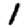
Digit: 1